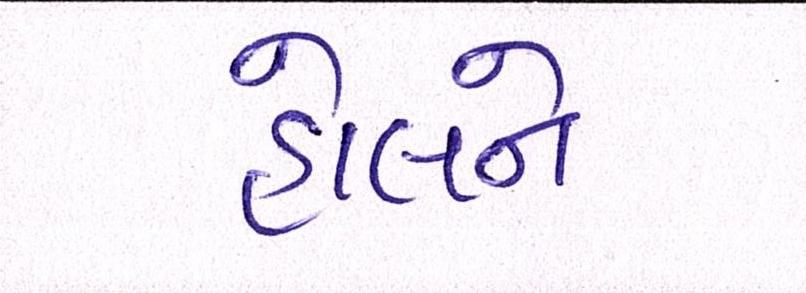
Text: હોલને